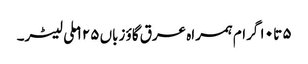
۵ تا ۱۰ گرام ہمراہ عرق گاؤ زباں ۱۲۵ ملی لیٹر۔